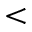
<